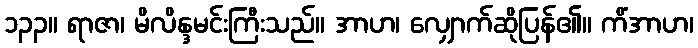
၁၃၃။ ရာဇာ၊ မိလိန္ဒမင်းကြီးသည်။ အာဟ၊ လျှောက်ဆိုပြန်၏။ ကိံအာဟ၊